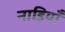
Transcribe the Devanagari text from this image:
नाड़ियॉं